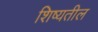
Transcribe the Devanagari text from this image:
शिष्यतील